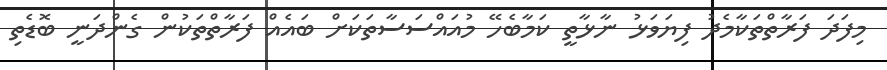
މިފަދަ ފަރާތްތަކާމެދު ފިޔަވަޅު ނާޅާތީ ކަމާބެހޭ މުއައްސަސާތަކަަށް ބައެއް ފަރާތްތަކުން ގެންދަނީ ބޮޑެތި